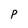
Character: p